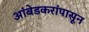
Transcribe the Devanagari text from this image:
आंबेडकरांपासून